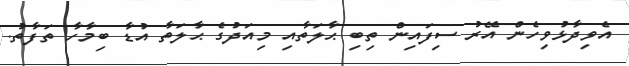
އެވިދާޅުވިހެން އޭރު ސިފައިން ތިބި ޙާލަތާއި މިއަދުގެ ޙާލަތާ އުޑާ ބިމާހާ ތަފާތު.